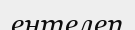
ентелеп